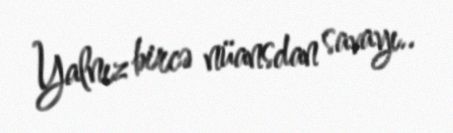
Yalnız bircə nüansdan savayı..